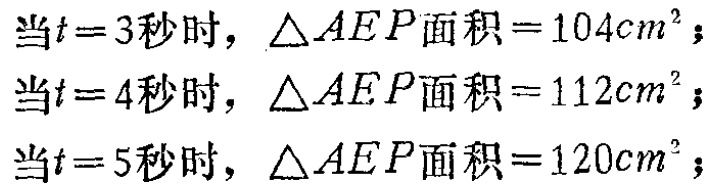
当\(t = 3\)秒时，\(\triangle AEP\)面积\(= 104cm^{2}\)；

当\(t = 4\)秒时，\(\triangle AEP\)面积\(= 112cm^{2}\)；

当\(t = 5\)秒时，\(\triangle AEP\)面积\(= 120cm^{2}\)；